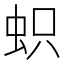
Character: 𧊄